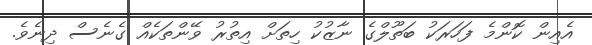
އެއިން ކޮންމެ ފަހަރަކު ބަތޫލްގެ ނާޒުކު ހިތަށް އިތުރު ވޭންތަކެއް ގެނެސް ދިނެވެ.